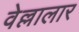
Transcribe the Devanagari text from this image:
वेल्लालार